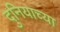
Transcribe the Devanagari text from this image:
दुनियाच्या